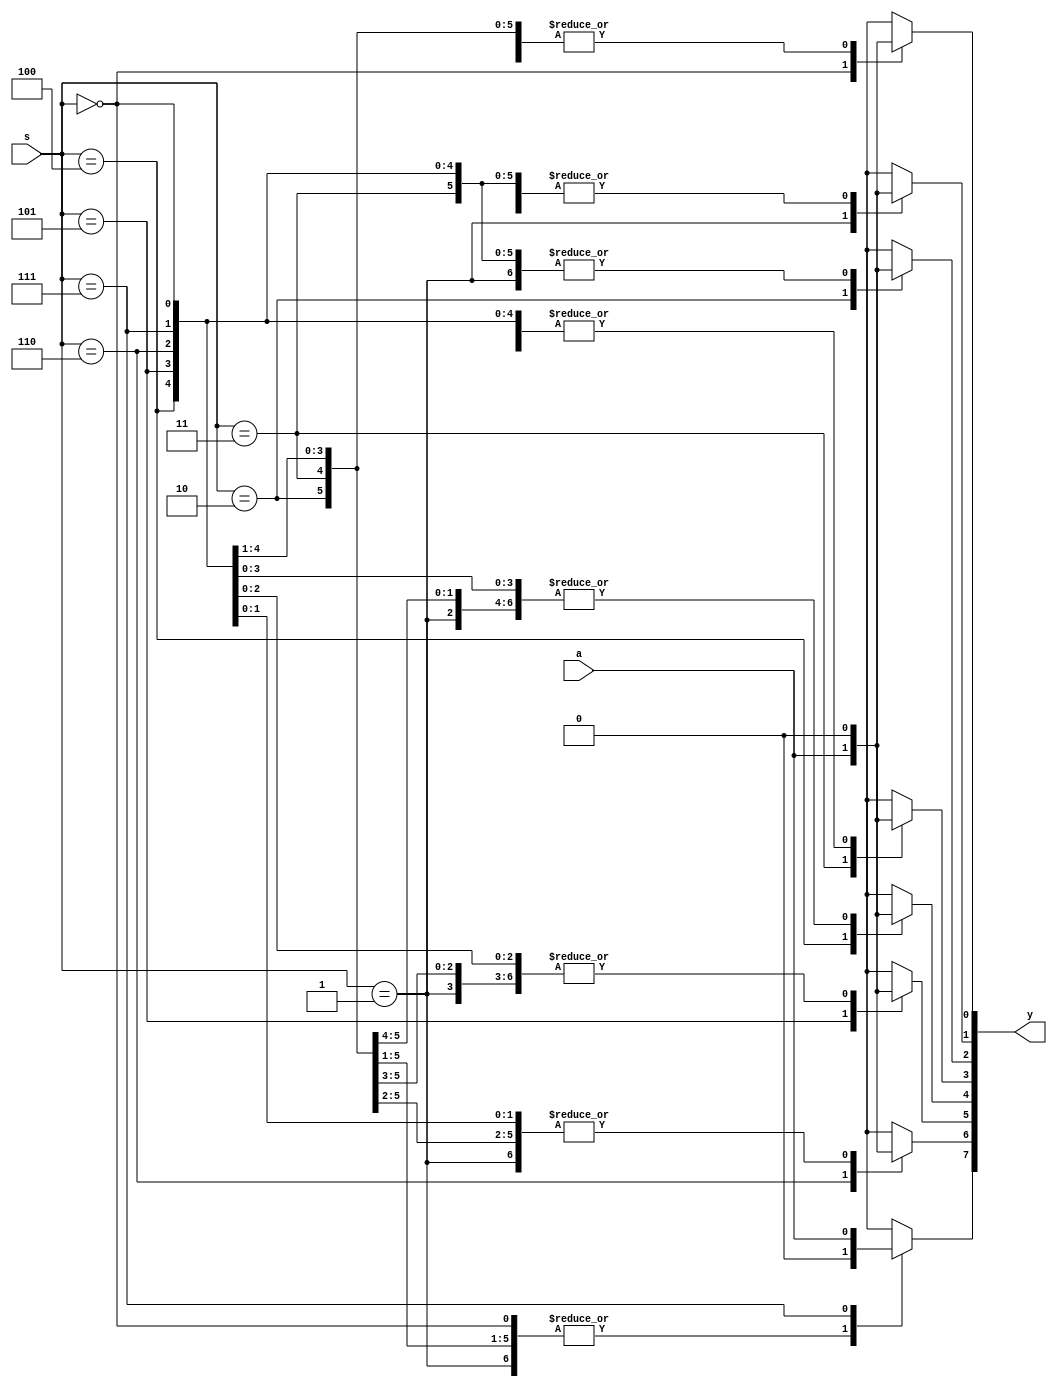
`timescale 1ns / 1ps
//////////////////////////////////////////////////////////////////////////////////
// Company: 
// Engineer: 
// 
// Design Name: 
// Module Name: demux_1to8
// Project Name: 
// Target Devices: 
// Tool Versions: 
// Description: 
// 
// Dependencies: 
// 
// Revision:
// Revision 0.01 - File Created
// Additional Comments:
// 
//////////////////////////////////////////////////////////////////////////////////


module demux_1to8(
    input a,
    input [2:0] s,
    output reg [7:0] y
    );
    always@(*)
    begin
    case(s)
    3'b000:begin y[0]=a;y[1]=1'b0;y[2]=1'b0;y[3]=1'b0;y[4]=1'b0;y[5]=1'b0;y[6]=1'b0;y[7]=1'b0; end
    3'b001:begin y[0]=1'b0;y[1]=a;y[2]=1'b0;y[3]=1'b0;y[4]=1'b0;y[5]=1'b0;y[6]=1'b0;y[7]=1'b0; end
    3'b010:begin y[0]=1'b0;y[1]=1'b0;y[2]=a;y[3]=1'b0;y[4]=1'b0;y[5]=1'b0;y[6]=1'b0;y[7]=1'b0; end
    3'b011:begin y[0]=1'b0;y[1]=1'b0;y[2]=1'b0;y[3]=a;y[4]=1'b0;y[5]=1'b0;y[6]=1'b0;y[7]=1'b0; end
    3'b100:begin y[0]=1'b0;y[1]=1'b0;y[2]=1'b0;y[3]=1'b0;y[4]=a;y[5]=1'b0;y[6]=1'b0;y[7]=1'b0; end
    3'b101:begin y[0]=1'b0;y[1]=1'b0;y[2]=1'b0;y[3]=1'b0;y[4]=1'b0;y[5]=a;y[6]=1'b0;y[7]=1'b0; end
    3'b110:begin y[0]=1'b0;y[1]=1'b0;y[2]=1'b0;y[3]=1'b0;y[4]=1'b0;y[5]=1'b0;y[6]=a;y[7]=1'b0; end
    3'b111:begin y[0]=1'b0;y[1]=1'b0;y[2]=1'b0;y[3]=1'b0;y[4]=1'b0;y[5]=1'b0;y[6]=1'b0;y[7]=a; end
    endcase
    end
endmodule